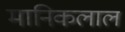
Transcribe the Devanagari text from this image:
मानिकलाल